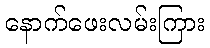
နောက်ဖေးလမ်းကြား